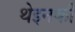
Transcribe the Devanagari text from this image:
थेइनकी